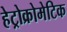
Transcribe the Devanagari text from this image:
हेट्रोक्रोमेटिक